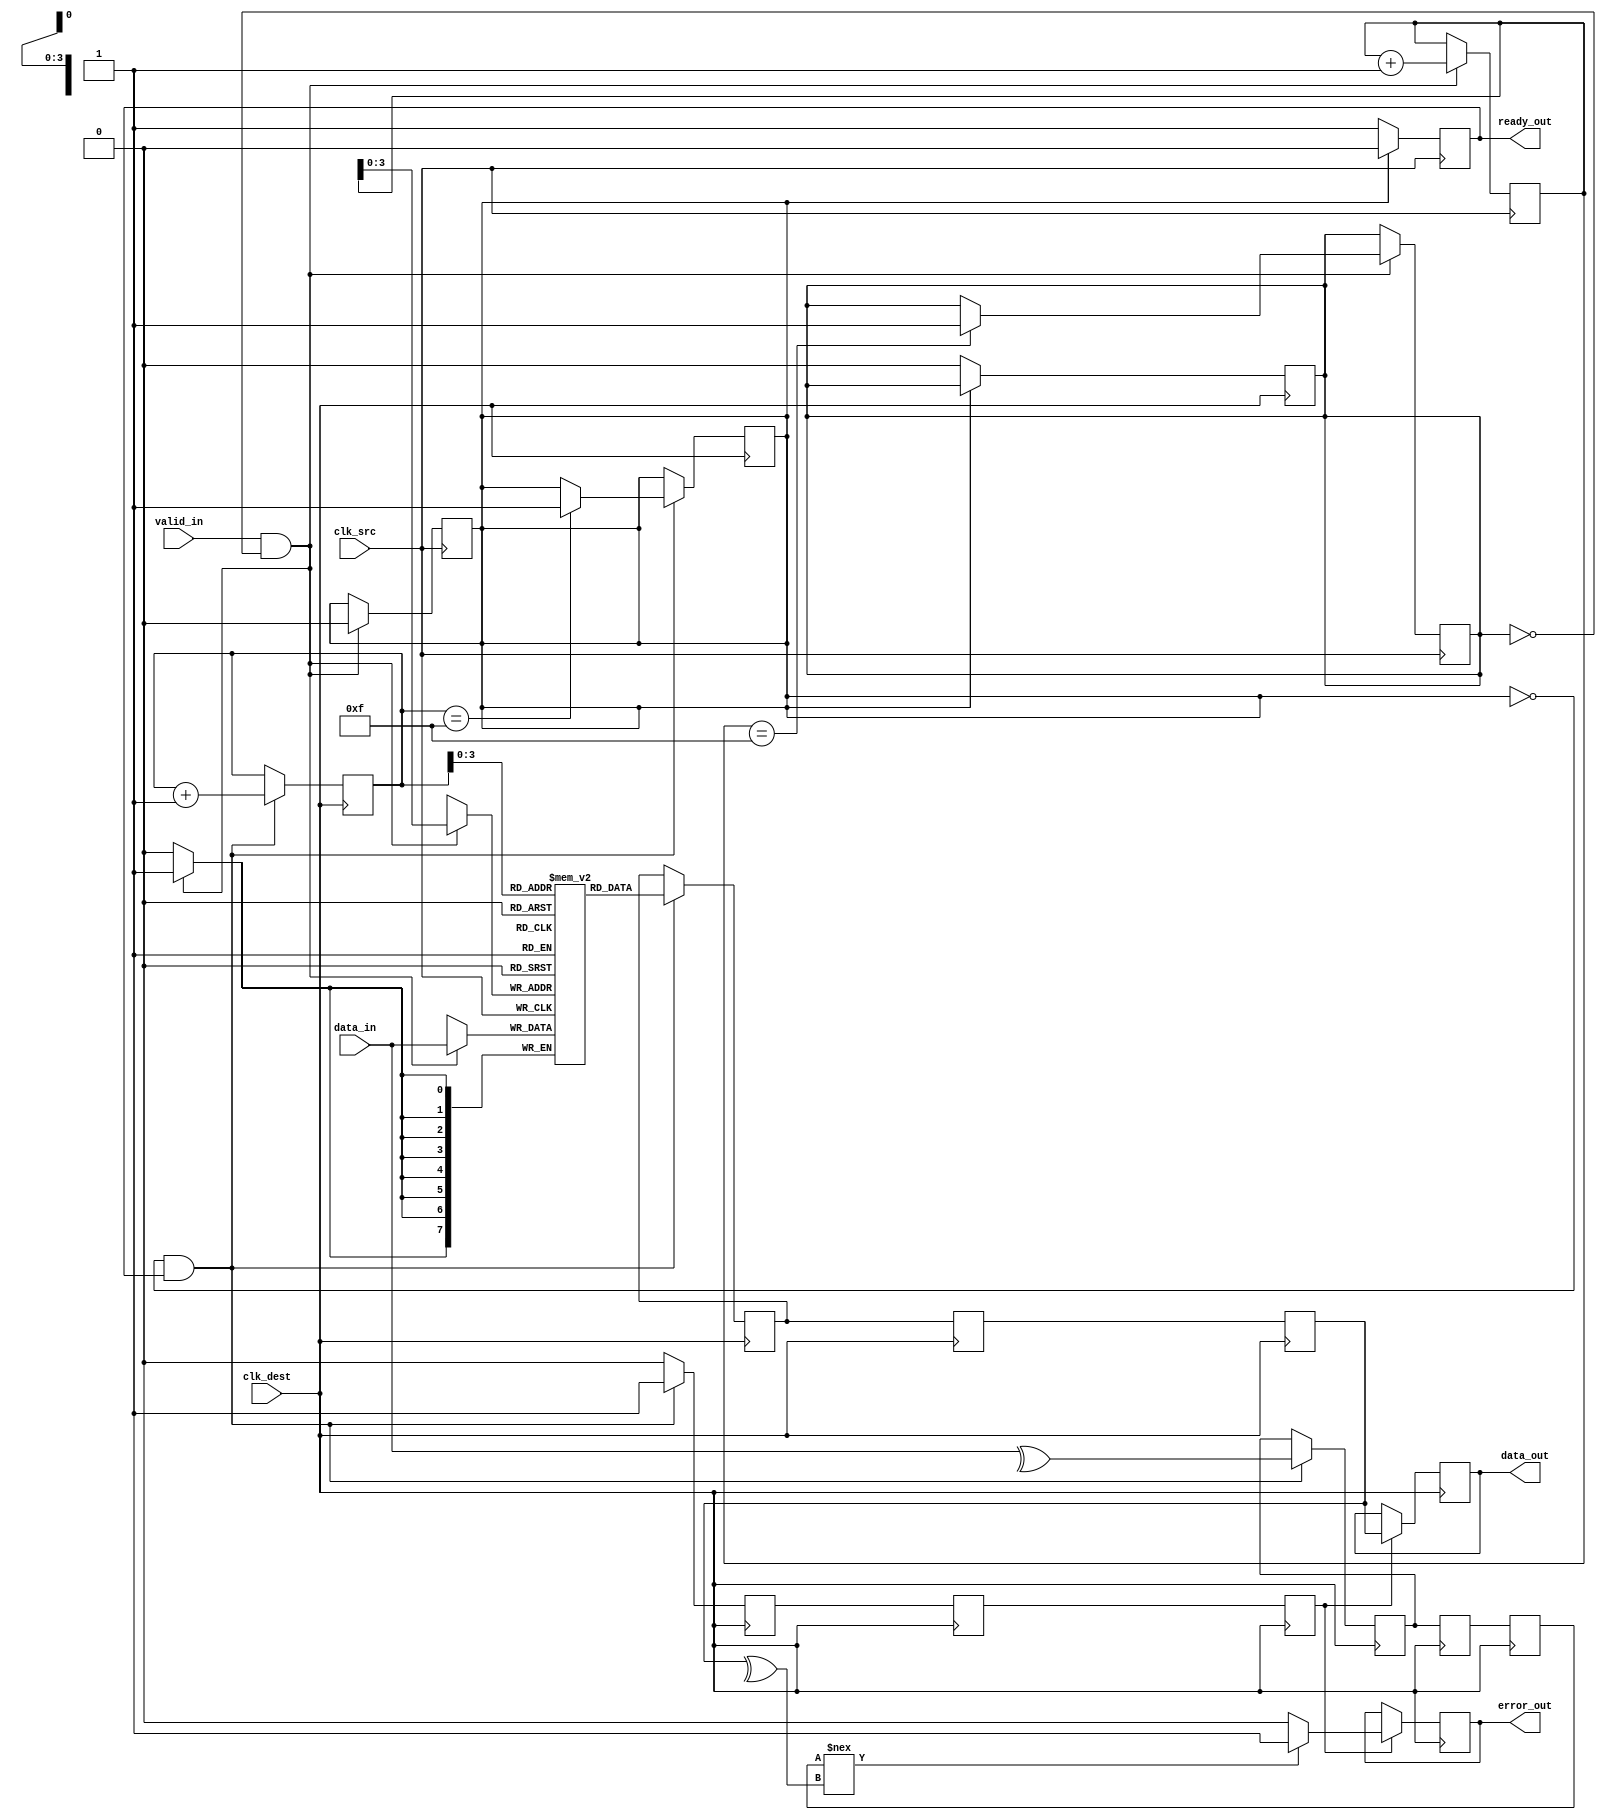
module cdc_memory_block #
(
    parameter DATA_WIDTH = 8,
    parameter FIFO_DEPTH = 16
)
(
    input wire clk_src,             // Source clock
    input wire clk_dest,            // Destination clock
    input wire [DATA_WIDTH-1:0] data_in,  // Data input from source clock domain
    input wire valid_in,            // Valid signal from source clock domain
    output reg ready_out,           // Ready signal to source clock domain
    output reg [DATA_WIDTH-1:0] data_out, // Data output to destination clock domain
    output reg error_out            // Error detection output
);

    // FIFO implementation
    reg [DATA_WIDTH-1:0] fifo [0:FIFO_DEPTH-1];
    reg [4:0] write_ptr;
    reg [4:0] read_ptr;
    reg fifo_full;
    reg fifo_empty;

    // Parity bit generation
    wire parity_bit;
    assign parity_bit = ^data_in; // Even parity generation

    // Synchronization registers
    reg [DATA_WIDTH-1:0] sync_data;
    reg sync_valid;
    reg sync_parity;

    // Write data to FIFO
    always @(posedge clk_src) begin
        if (valid_in && !fifo_full) begin
            fifo[write_ptr] <= data_in;
            write_ptr <= write_ptr + 1;
            if (write_ptr == FIFO_DEPTH-1) begin
                fifo_full <= 1;
            end
        end
    end

    // FIFO read and synchronization to clk_dest
    always @(posedge clk_dest) begin
        if (!fifo_empty && ready_out) begin
            sync_data <= fifo[read_ptr];
            sync_valid <= 1;
            sync_parity <= parity_bit; // Capture parity to check later
            read_ptr <= read_ptr + 1;
            if (read_ptr == FIFO_DEPTH-1) begin
                fifo_empty <= 1;
            end
        end else begin
            sync_valid <= 0;
        end
    end

    // Synchronizing valid and data across clock domains
    reg sync_valid_ff1, sync_valid_ff2;
    reg [DATA_WIDTH-1:0] data_out_ff1, data_out_ff2;
    reg sync_parity_ff1, sync_parity_ff2;

    always @(posedge clk_dest) begin
        sync_valid_ff1 <= sync_valid;
        sync_valid_ff2 <= sync_valid_ff1;
        
        data_out_ff1 <= sync_data;
        data_out_ff2 <= data_out_ff1;

        sync_parity_ff1 <= sync_parity;
        sync_parity_ff2 <= sync_parity_ff1;

        if (sync_valid_ff2) begin
            data_out <= data_out_ff2; // Output data
            // Check for error using parity
            if (sync_parity_ff2 !== ^data_out_ff2) begin
                error_out <= 1; // Error detected
            end else begin
                error_out <= 0; // No error
            end
        end
    end

    // Ready signal logic
    always @(posedge clk_src) begin
        if (!fifo_empty) begin
            ready_out <= 1; // Ready if FIFO has data
        end else begin
            ready_out <= 0; // Not ready if FIFO is empty
        end
    end

    // FIFO empty and full flags management
    always @(posedge clk_src) begin
        if (valid_in && !fifo_full) begin
            fifo_empty <= 0; // When data is written, FIFO can't be empty
        end
    end

    always @(posedge clk_dest) begin
        if (!fifo_empty) begin
            fifo_full <= 0; // When data is read, FIFO can't be full
        end
    end

    initial begin
        write_ptr = 0;
        read_ptr = 0;
        fifo_full = 0;
        fifo_empty = 1;
        error_out = 0;
        ready_out = 0;
    end

endmodule